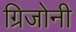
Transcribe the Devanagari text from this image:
ग्रिजोनी